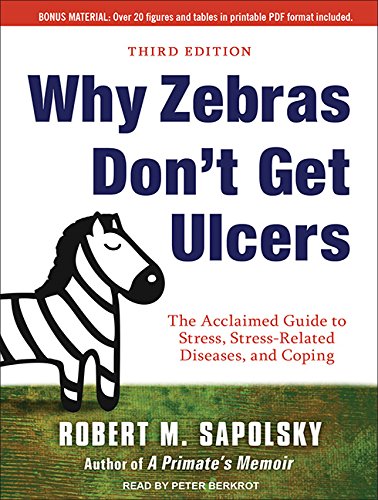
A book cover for Why Zebras Don't Get Ulcers; Robert M. Sapolsky; Health, Fitness & Dieting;